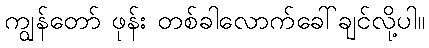
ကျွန်တော် ဖုန်း တစ်ခါလောက်ခေါ်ချင်လို့ပါ။